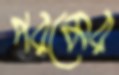
পরমের